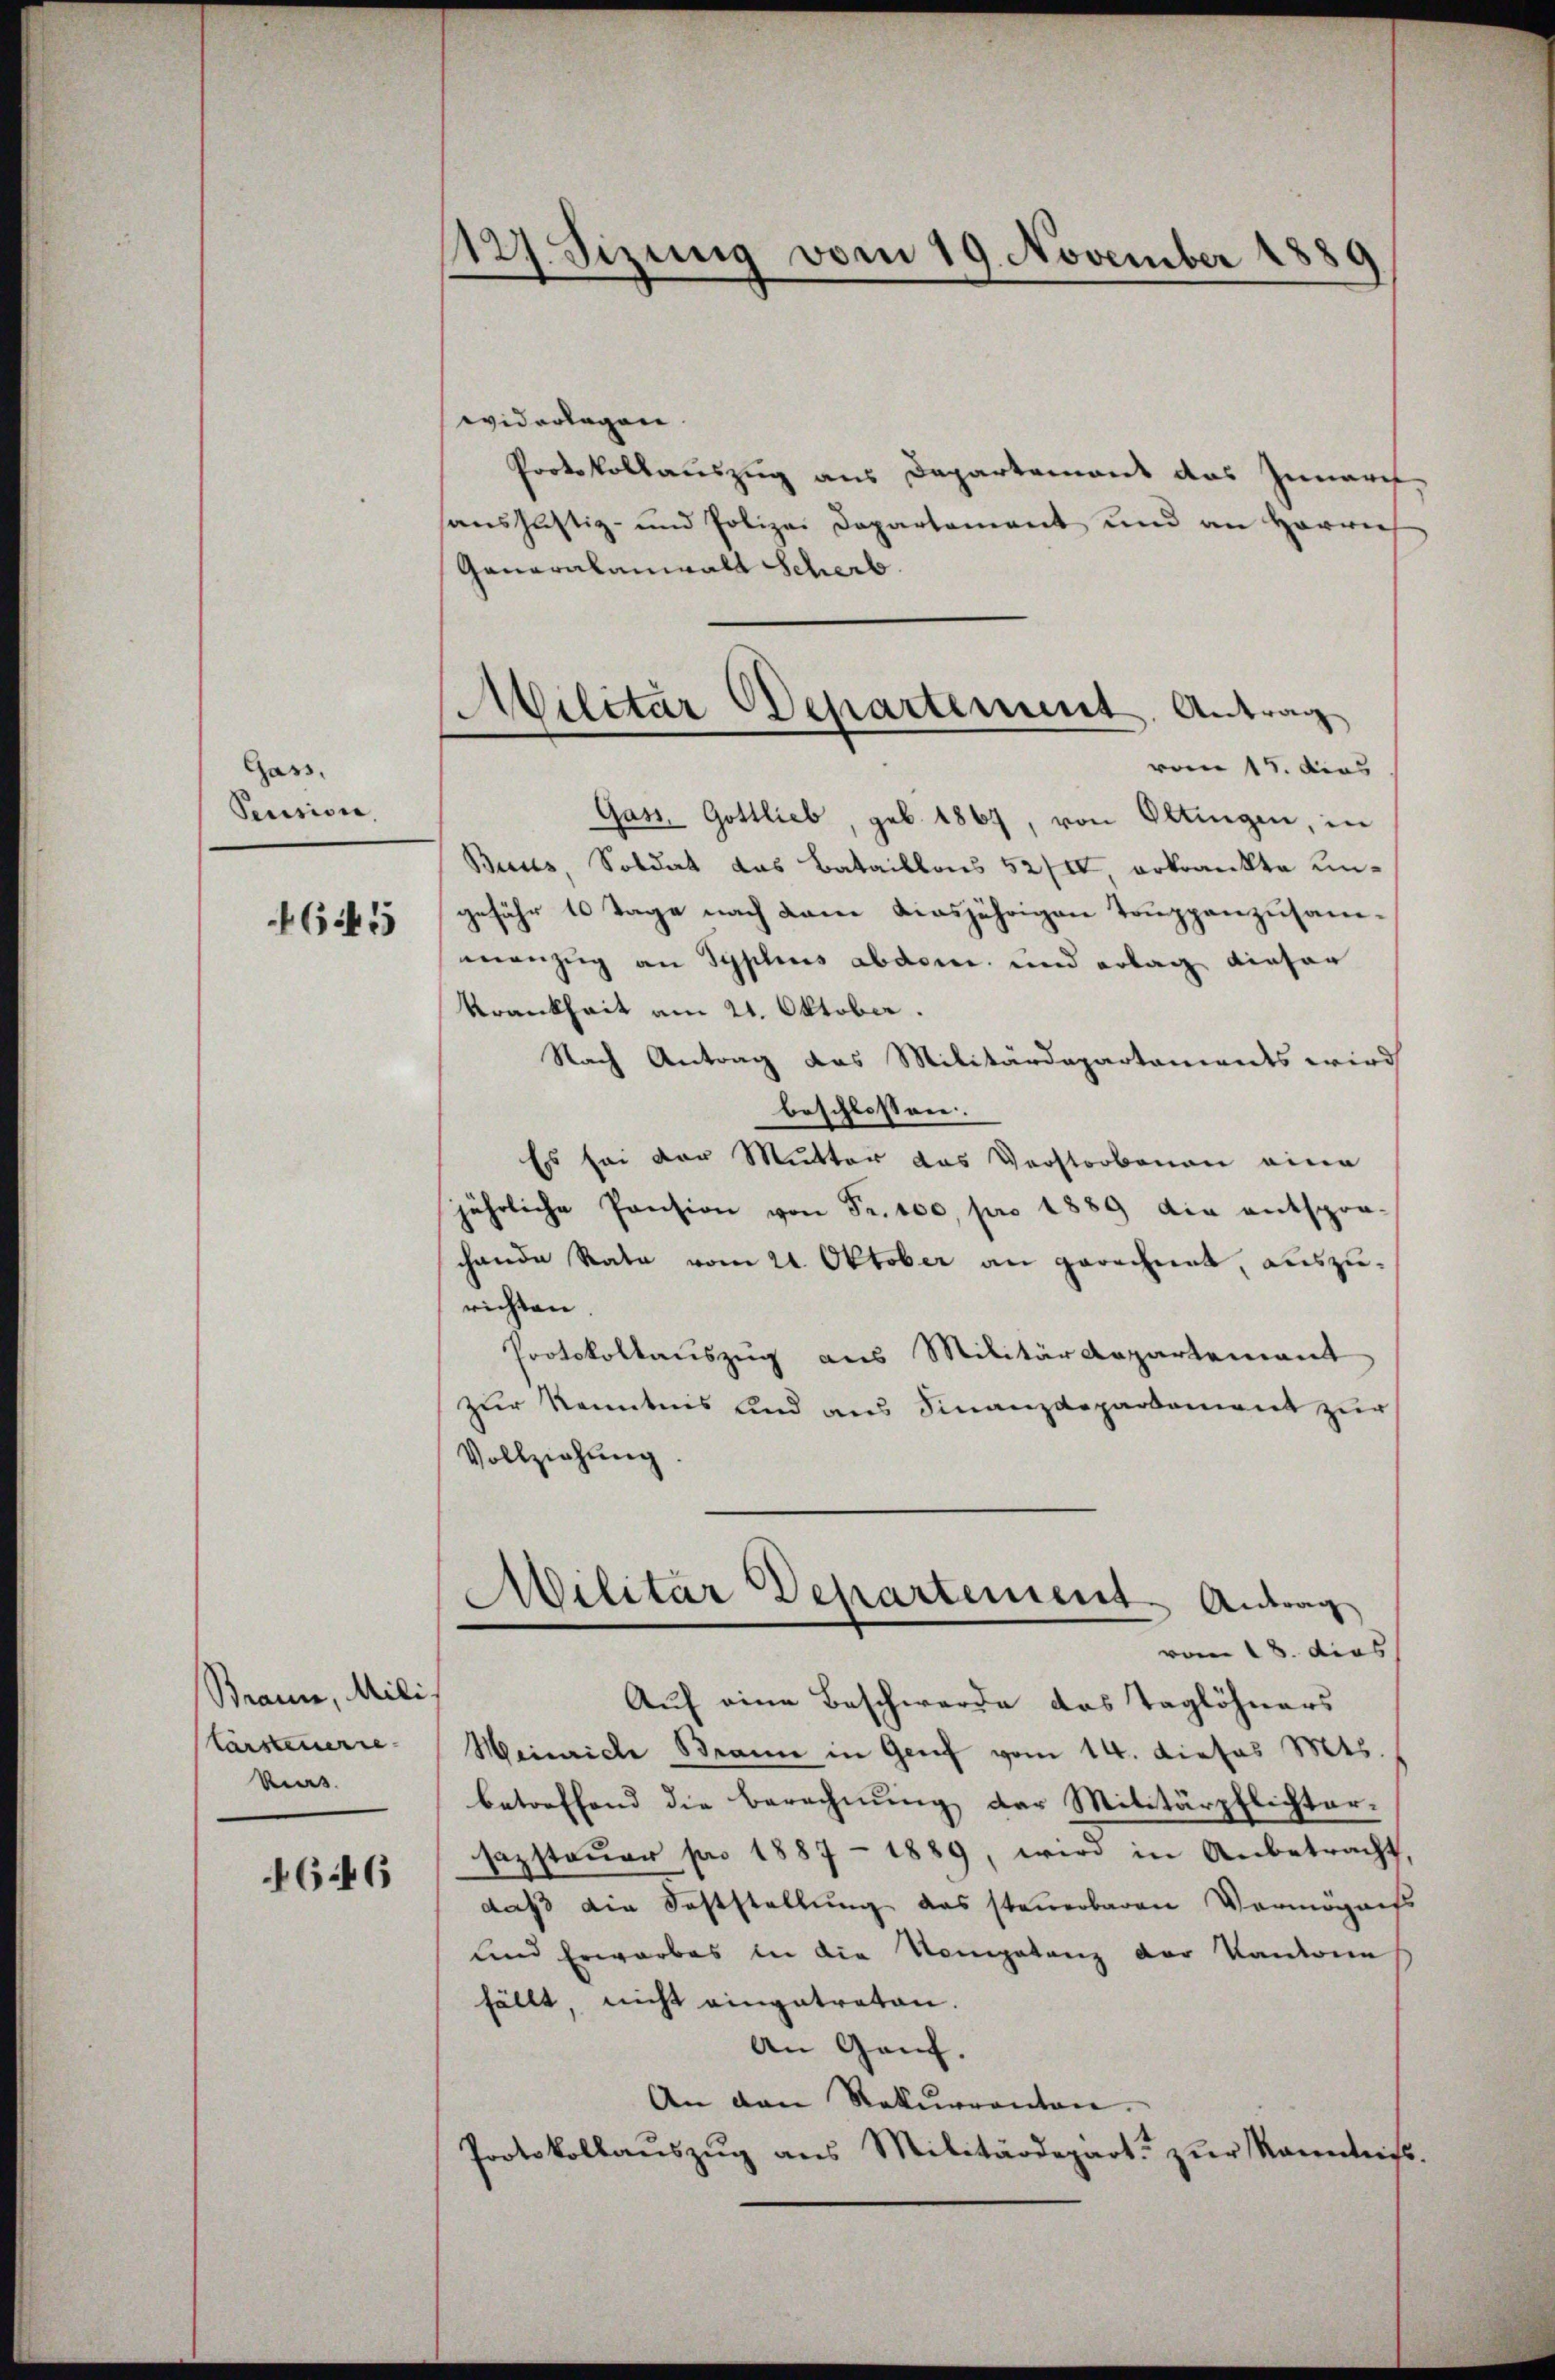
Gass.
Pecision
6445

Braun, Mili
tärsteuerre
kes.

4646

127. Sizung vom 19. November 1889

Militär
Departement. Antrag
vom 17. dies

widerlagen
Protokollauszug aus Departemons das Iunarch
haŭshustiz- und Polizei Departement und an Herre
Ganoralaniwald Scherb
Gass. Gottlieb, geb. 1867, von Oltingen, in
Buses, Soldat das Bataillos 52/IV erkrankte ungefähr 10 Tage nach dem diesjährigen Truppenzusammanzug an Syplius abdem. und erlag dieser
Krankheit am 21. Oktober.
Nach Antrag das Militärdepartaments wird
beschlossen:
Es sei der Mutter das Verstorbenen eine
jährliche Pension von Fr. 100, pro 1889 die entspro-
chande Rata vom 22 Oktober an gerechnet, auszurichten
Protokollauszug aus Militärdepartement
zur Kenntnis und aus Finanzdepartement zur
Vollziehung
Militar Departement Antrag
vom 18. dies
Auf eine Beschwerde das Taglöhners
Heinriche Brann in Genf vom 14. dieses Mts.
betreffend die Berechnung der Militärpflichter-
sazsteŭer pro 1887 - 1889, wird in Anbetracht,
daß die Feststellung das steuerbaren Vermögniss
und Erwarbes in die Kompetenz der Kantone
fällt, nicht eingetraten.
An Genf. |
An den Rekurrenton.
Protokollaŭszŭg ans Militärdepart zŭr Kenntniss